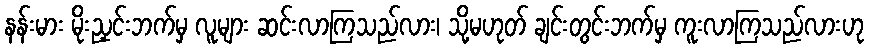
နန်းမား မိုးညှင်းဘက်မှ လူများ ဆင်းလာကြသည်လား၊ သို့မဟုတ် ချင်းတွင်းဘက်မှ ကူးလာကြသည်လားဟု